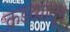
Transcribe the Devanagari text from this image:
कडव्यातून